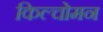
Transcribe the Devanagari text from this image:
किल्चोमन